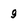
Character: 9